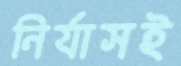
নির্যাসই